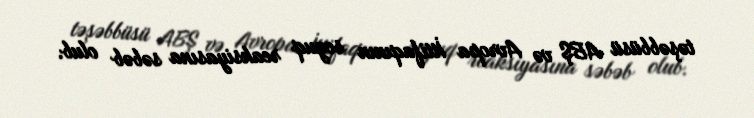
təşəbbüsü ABŞ və Avropa İttifaqının soyuq reaksiyasına səbəb olub.